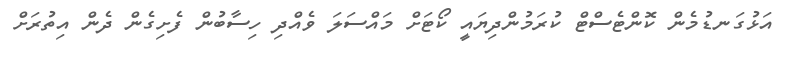
އަޅުގަނޑުމެން ކޮންޓެސްޓް ކުރަމުންދިޔައީ ކޯޓަށް މައްސަލަ ވެއްދި ހިސާބުން ފެށިގެން ދެން އިތުރަށް